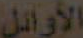
الأوائل